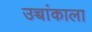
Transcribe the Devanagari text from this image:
उच्चांकाला